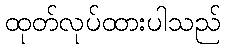
ထုတ်လုပ်ထားပါသည်